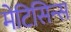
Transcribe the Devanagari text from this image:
मेटिसिन्स